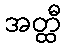
အတ္ထီ